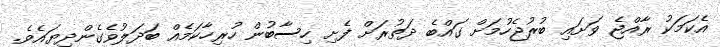
އެކަމަކު ރާއްޖެ ވަށައި ބުރުޖެހުމަށް ގައްބެ ދަތުރަށް ފެށި ހިސާބުން ހުރިހާކަމެއް ބަދަލުވެގެންދިޔައެވެ.